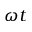
\omega t